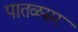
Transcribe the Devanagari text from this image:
पातळसर